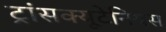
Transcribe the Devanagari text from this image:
ट्रांसक्यूटेनियस